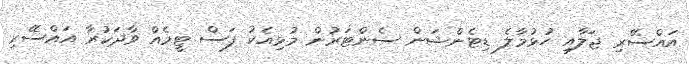
އައްސޭރި ޖަލާއި ހުޅުމާލެ ޑިޓެންޝަން ސެންޓަރުން މުޅިއެކު ފަސް ޓީމެއް ވާދަކުރާ އައްސޭރި